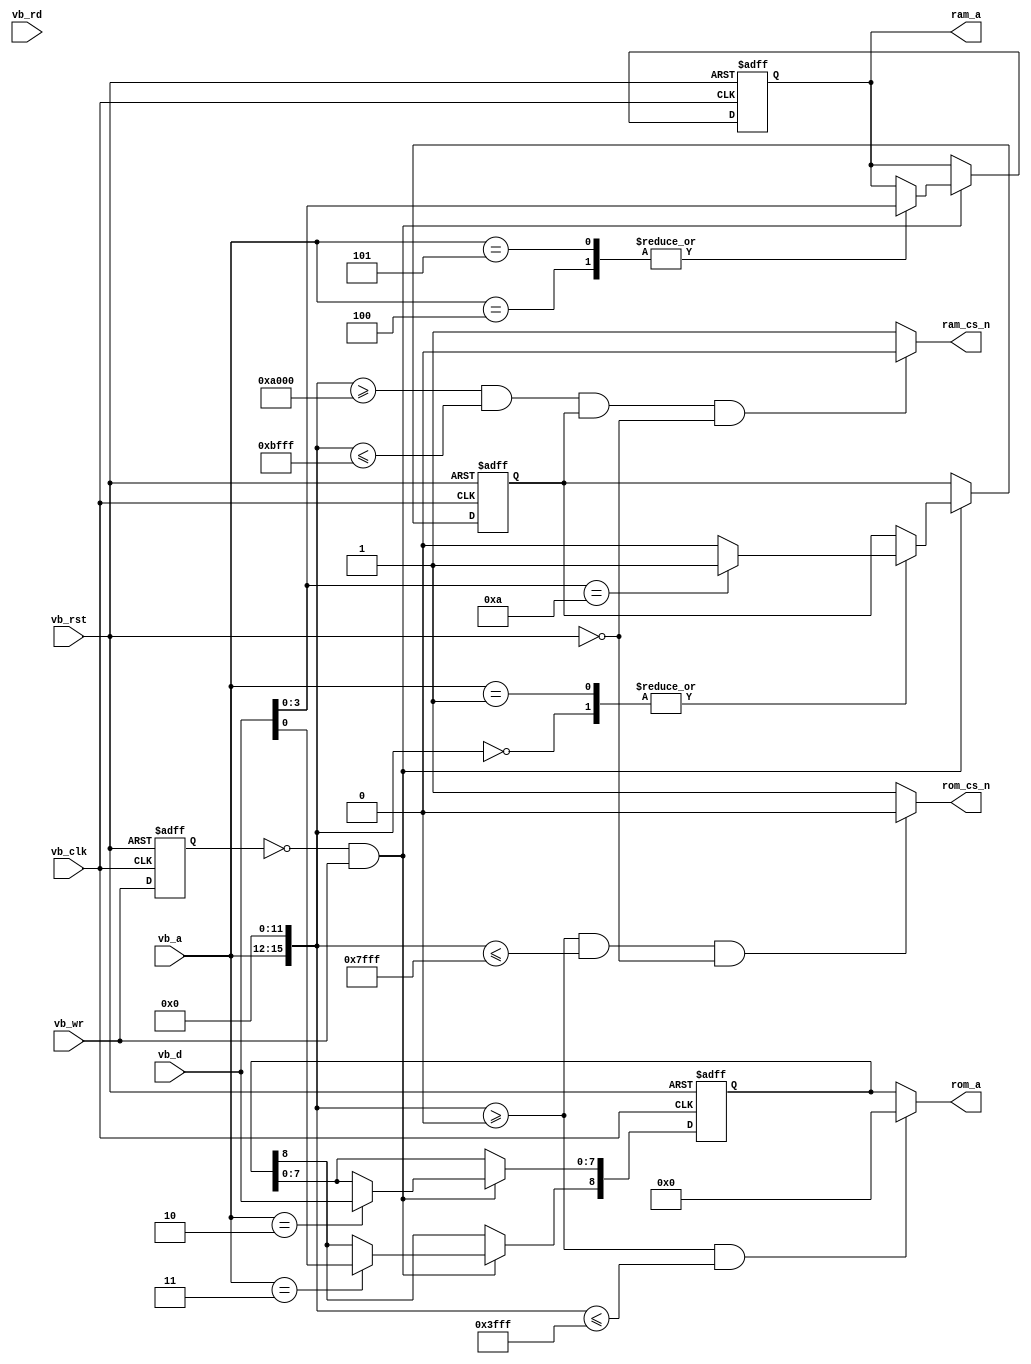
`timescale 1ns / 1ps
//////////////////////////////////////////////////////////////////////////////////
// Company: 
// 
// Design Name: 
// Module Name:    mbc5 
// Project Name: 
// Target Devices: 
// Tool versions: 
// Description: 
//
// Dependencies: 
//
// Revision: 
// Revision 0.01 - File Created
// Additional Comments: 
//
//////////////////////////////////////////////////////////////////////////////////
module mbc5(
    input vb_clk,
    input [15:12] vb_a,
    input [7:0] vb_d,
    input vb_wr,
    input vb_rd,
    input vb_rst,
    output [22:14] rom_a,
    output [16:13] ram_a,
    output rom_cs_n,
    output ram_cs_n
    );

    reg [8:0] rom_bank;
    reg [3:0] ram_bank;
    reg ram_en = 1'b0; // RAM Access Enable

    wire rom_addr_en; // RW Address in ROM range
    wire ram_addr_en; // RW Address in RAM range
    wire rom_addr_lo; // RW Address in LoROM range

    wire [15:0] vb_addr;

    assign vb_addr[15:12] = vb_a[15:12];
    assign vb_addr[11:0] = 12'b0;

    assign rom_addr_en =  (vb_addr >= 16'h0000)&(vb_addr <= 16'h7FFF); //Request Addr in ROM range
    assign ram_addr_en =  (vb_addr >= 16'hA000)&(vb_addr <= 16'hBFFF); //Request Addr in RAM range
    assign rom_addr_lo =  (vb_addr >= 16'h0000)&(vb_addr <= 16'h3FFF); //Request Addr in LoROM range

    assign rom_cs_n = ((rom_addr_en) & (vb_rst == 0)) ? 1'b0 : 1'b1; //ROM output enable
    assign ram_cs_n = ((ram_addr_en) & (ram_en) & (vb_rst == 0)) ? 1'b0 : 1'b1; //RAM output enable

    assign rom_a[22:14] = rom_addr_lo ? 9'b0 : rom_bank[8:0];
    assign ram_a[16:13] = ram_bank[3:0];
    
    reg vb_wr_last;
    
    always@(posedge vb_clk, posedge vb_rst)
    begin
        if (vb_rst) begin
            vb_wr_last <= 1'b0;
            rom_bank[8:0] <= 9'b000000001;
            ram_bank[3:0] <= 4'b0000;
            ram_en <= 1'b0;
        end
        else begin
            vb_wr_last <= vb_wr;
            if ((vb_wr_last == 0)&&(vb_wr == 1)) begin
                case (vb_addr)
                    16'h0000: ram_en <= (vb_d[3:0] == 4'hA) ? 1'b1 : 1'b0;
                    16'h1000: ram_en <= (vb_d[3:0] == 4'hA) ? 1'b1 : 1'b0;
                    16'h2000: rom_bank[7:0] <= vb_d[7:0];
                    16'h3000: rom_bank[8] <= vb_d[0];
                    16'h4000: ram_bank[3:0] <= vb_d[3:0];
                    16'h5000: ram_bank[3:0] <= vb_d[3:0];
                endcase
            end
        end
    end

endmodule